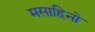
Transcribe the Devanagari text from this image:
मसाहिनो